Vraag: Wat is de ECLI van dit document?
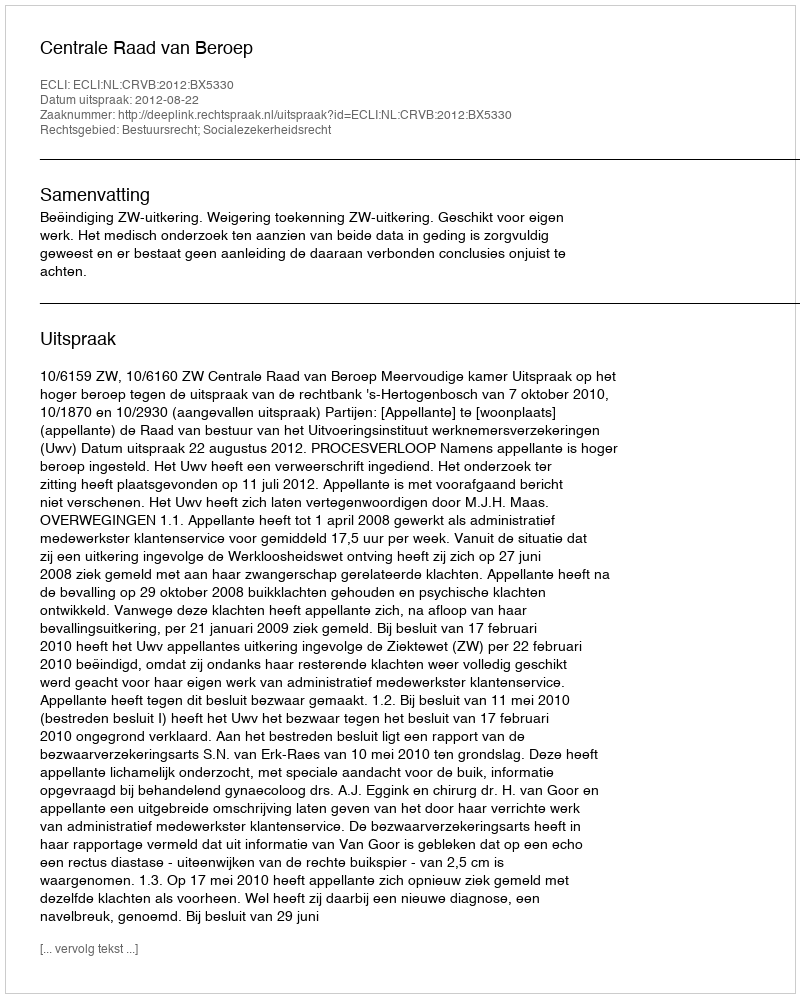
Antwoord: ECLI:NL:CRVB:2012:BX5330